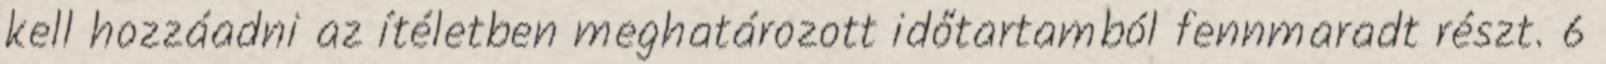
kell hozzáadni az ítéletben meghatározott időtartamból fennmaradt részt. 6